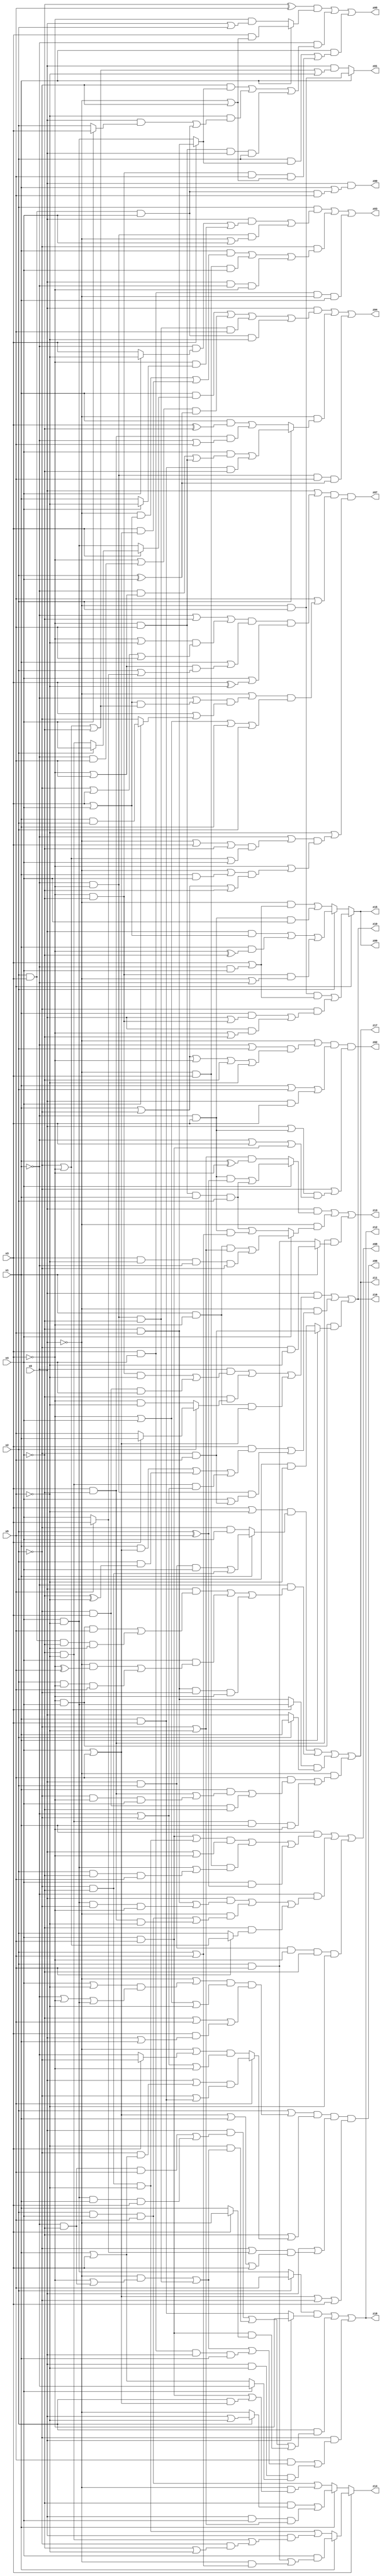
// Benchmark "q_2" written by ABC on Mon Feb 27 03:00:56 2023

module q_2 ( 
    x0, x1, x2, x3, x4, x5,
    z00, z01, z02, z03, z04, z05, z06, z07, z08, z09, z10, z11, z12, z13,
    z14, z15, z16, z17, z18  );
  input  x0, x1, x2, x3, x4, x5;
  output z00, z01, z02, z03, z04, z05, z06, z07, z08, z09, z10, z11, z12, z13,
    z14, z15, z16, z17, z18;
  assign z00 = x0 & (x1 | (x2 & x3 & x4 & x5));
  assign z01 = x1 ? (~x0 & x2) : (x0 & (~x2 | ~x3 | ~x4 | ~x5));
  assign z02 = (~x0 | ((~x1 | x2) & (x1 | ~x2 | ~x3 | ~x4 | ~x5))) & (x1 | x2 | (x0 & x3)) & (~x2 | ((x0 | (~x1 & x3)) & (~x1 | x3 | (x4 & x5))));
  assign z03 = (x2 & ((x0 & ((~x1 & (x4 ? ~x5 : x3)) | (~x3 & (x4 ? ~x5 : x1)))) | (~x1 & ~x3 & (~x0 | x4)))) | (~x2 & ((x1 & ((~x0 & (x3 | x4)) | (x3 & (x4 | x5)))) | (~x0 & x3 & x4) | (x0 & ~x1 & ~x3))) | (x3 & x4 & ~x0 & x1);
  assign z04 = (x0 & ((x1 & (x3 ? (x2 ? x4 : (~x4 & ~x5)) : (x4 & ~x5))) | ((~x3 | (~x1 & x5)) & (x2 ^ x4)) | (~x1 & ~x3 & ~x4 & x5) | (x2 & x3 & x4 & ~x5))) | (~x0 & (x2 ? ((x4 & ((~x1 & (~x3 | x5)) | (~x3 & x5))) | (x1 & x3 & ~x4)) : ((x1 & (x3 ^ ~x4)) | (x3 & ~x4 & (~x1 | x5))))) | (~x1 & ~x3 & x5 & (x2 ^ x4));
  assign z05 = ((~x4 ^ x5) & (x1 ? (x3 & (~x0 | ~x2)) : (~x3 & (x0 | x2)))) | (~x1 & ((~x2 & (x3 ? (~x4 & x5) : (x4 & ~x5))) | (~x5 & ((x0 & (x4 ? x3 : x2)) | (x2 & x3 & x4))) | (~x3 & x5 & x0 & x2))) | (x1 & ((x2 & (x3 ? (~x4 & x5) : (x4 & ~x5))) | (~x3 & ~x4 & x5 & (~x0 | ~x2))));
  assign z06 = (x2 | ((~x0 | ((x4 | ~x5) & (~x1 | ~x3 | (x4 & ~x5)))) & (~x3 | x4 | ~x5) & (~x4 | x5 | (x3 & (x0 | x1))))) & (~x4 | (x5 ? ((x0 | (~x2 & (x1 | x3))) & (~x2 | (x1 & x3))) : ((~x0 | (x3 ? ~x2 : ~x1)) & (~x1 | ~x2 | ~x3)))) & (x0 | ((~x2 | (x5 ? x3 : x4)) & (x4 | x5 | x1 | x3))) & (x4 | x5 | ~x2 | x3);
  assign z07 = (x0 | ((~x1 | ~x4 | ((~x3 | ~x5) & (~x2 | x3 | x5))) & (x1 | ((~x3 | x5) & (x2 | (x5 ? x3 : x4)))) & (x4 | (x3 ^ ~x5)))) & (x5 | ((~x0 | ((~x1 | ((x3 | x4) & (~x2 | ~x3 | ~x4))) & (x3 | (x4 ? (x1 & x2) : ~x2)))) & (~x3 | x4 | x1 | x2))) & (~x5 | ((~x1 | ((~x0 | x3 | ~x4) & (~x2 | ~x3 | x4))) & (~x3 | ((~x0 | (x1 & x4)) & (x1 | ~x2 | ~x4)))));
  assign z08 = (x1 & ((((x4 & x5) | (~x2 & ~x4 & ~x5)) & (x0 | ~x3)) | (~x0 & x3 & ((x4 & ~x5) | (x2 & ~x4 & x5))) | (x4 & (x2 ^ x5)))) | (~x1 & ((x0 & ((~x4 & x5) | (x4 & ~x5 & ~x2 & ~x3))) | (~x0 & ((x2 & x4 & x5) | (x3 & ~x4 & ~x5))) | (~x4 & (x5 ? (~x2 | ~x3) : x2)))) | (x0 & x2 & ~x3 & ~x4 & ~x5);
  assign z09 = x5 ? ((~x0 & x2 & (x3 | (~x1 & x4))) | (~x2 & ((x1 & (x0 | (~x3 & ~x4))) | (x0 & (~x3 | ~x4))))) : (x2 ? ((x0 & (x3 | x4)) | (x1 & (~x3 ^ ~x4)) | (~x3 & ~x4 & (~x0 | ~x1))) : ((~x0 & (x3 | (~x1 & x4))) | (~x1 & x3 & x4)));
  assign z10 = (x0 & ((~x1 & ((~x3 & ~x4 & ~x5) | (~x2 & x3 & x4))) | (~x4 & (x2 ? (x3 ? x1 : x5) : (~x3 & ~x5))) | (x1 & ~x3 & (x4 | x5)))) | (~x0 & ((x3 & ((x1 & (x4 | x5)) | (x2 & (~x4 ^ ~x5)) | (~x4 & ~x5 & (~x1 | ~x2)))) | (~x1 & ~x3 & (x4 | (~x2 & x5))))) | (~x3 & x4 & (x1 ? (~x2 & x5) : (x2 & ~x5)));
  assign z11 = ((x3 | ~x5) & (x1 ? ((x0 & x2 & x4) | (~x2 & ~x4)) : (~x2 & x4))) | (~x1 & ((x0 & ((~x3 & x4 & x5) | (x2 & x3 & ~x4 & ~x5))) | (x4 & ((~x0 & (~x3 ^ x5)) | (x2 & ~x3 & x5))) | (~x4 & x5 & ~x2 & ~x3))) | ((x3 ? (x4 & ~x5) : (~x4 & x5)) & (x2 ? x1 : x0)) | (~x0 & ((x5 & ((x1 & ((x3 & ~x4) | (~x2 & ~x3 & x4))) | (~x2 & x3 & ~x4))) | (~x4 & ~x5 & x1 & ~x3)));
  assign z12 = ((x2 ? x5 : (x4 & ~x5)) & (x0 ? ~x3 : (x1 & x3))) | (x2 & ((x0 & ((~x1 & ~x4 & x5) | (x4 & ~x5 & x1 & x3))) | (~x5 & ((~x0 & (~x3 | (~x1 & ~x4))) | (~x1 & ~x3 & ~x4))) | (x4 & x5 & (x3 ? ~x0 : x1)))) | (~x2 & ((x5 & ((~x0 & (~x3 | (~x1 & ~x4))) | (~x1 & ~x3 & ~x4) | (x3 & x4 & x0 & x1))) | (x0 & ~x5 & (x4 ? ~x1 : (x1 | x3)))));
  assign z13 = (x0 & (x4 ? ((~x1 & x3 & (x2 ^ x5)) | (~x3 & x5 & x1 & x2)) : ((~x2 | ~x5) & (x1 ^ ~x3)))) | (~x0 & (x4 ? ((x1 & ~x3 & (~x2 | ~x5)) | (x3 & ~x5 & ~x1 & ~x2)) : ((~x3 & x5 & x1 & x2) | (~x1 & x3 & (x2 | x5))))) | (x3 & ~x4 & (x1 ? (~x2 & ~x5) : (x2 & x5)));
  assign z14 = x3 ? (x1 ? (x4 & ((x2 & x5) | (~x0 & (x2 | x5)))) : ((~x2 & ~x4 & ~x5) | (x0 & ((~x4 & ~x5) | (~x2 & (~x4 | ~x5)))))) : (x1 ? ((~x4 & (x2 ? (x0 | ~x5) : ~x0)) | (x0 & x4 & (~x2 | ~x5))) : ((x2 & x4 & x5) | (~x0 & ((x4 & x5) | (x2 & (x4 | x5))))));
  assign z15 = x5 ? ((~x0 & x2 & (x3 | (~x1 & x4))) | (~x2 & ((x1 & (x0 | (~x3 & ~x4))) | (x0 & (~x3 | ~x4))))) : (x2 ? ((x0 & (x3 | x4)) | (x1 & (~x3 ^ ~x4)) | (~x3 & ~x4 & (~x0 | ~x1))) : ((~x0 & (x3 | (~x1 & x4))) | (~x1 & x3 & x4)));
  assign z16 = (x0 & ((~x1 & ((~x3 & ~x4 & ~x5) | (~x2 & x3 & x4))) | (~x4 & (x2 ? (x3 ? x1 : x5) : (~x3 & ~x5))) | (x1 & ~x3 & (x4 | x5)))) | (~x0 & ((x3 & ((x1 & (x4 | x5)) | (x2 & (~x4 ^ ~x5)) | (~x4 & ~x5 & (~x1 | ~x2)))) | (~x1 & ~x3 & (x4 | (~x2 & x5))))) | (~x3 & x4 & (x1 ? (~x2 & x5) : (x2 & ~x5)));
  assign z17 = ((x3 | ~x5) & (x1 ? ((x0 & x2 & x4) | (~x2 & ~x4)) : (~x2 & x4))) | (~x1 & ((x0 & ((~x3 & x4 & x5) | (x2 & x3 & ~x4 & ~x5))) | (x4 & ((~x0 & (~x3 ^ x5)) | (x2 & ~x3 & x5))) | (~x4 & x5 & ~x2 & ~x3))) | ((x3 ? (x4 & ~x5) : (~x4 & x5)) & (x2 ? x1 : x0)) | (~x0 & ((x5 & ((x1 & ((x3 & ~x4) | (~x2 & ~x3 & x4))) | (~x2 & x3 & ~x4))) | (~x4 & ~x5 & x1 & ~x3)));
  assign z18 = ((x2 ? x5 : (x4 & ~x5)) & (x0 ? ~x3 : (x1 & x3))) | (x2 & ((x0 & ((~x1 & ~x4 & x5) | (x4 & ~x5 & x1 & x3))) | (~x5 & ((~x0 & (~x3 | (~x1 & ~x4))) | (~x1 & ~x3 & ~x4))) | (x4 & x5 & (x3 ? ~x0 : x1)))) | (~x2 & ((x5 & ((~x0 & (~x3 | (~x1 & ~x4))) | (~x1 & ~x3 & ~x4) | (x3 & x4 & x0 & x1))) | (x0 & ~x5 & (x4 ? ~x1 : (x1 | x3)))));
endmodule